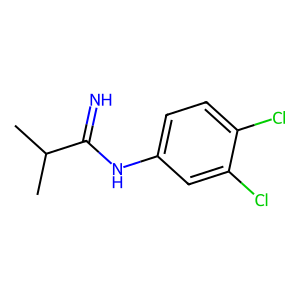
SMILES: CC(C)C(=N)Nc1ccc(Cl)c(Cl)c1
Inhibits HIV replication: No